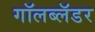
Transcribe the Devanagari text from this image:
गॉलब्लॅडर